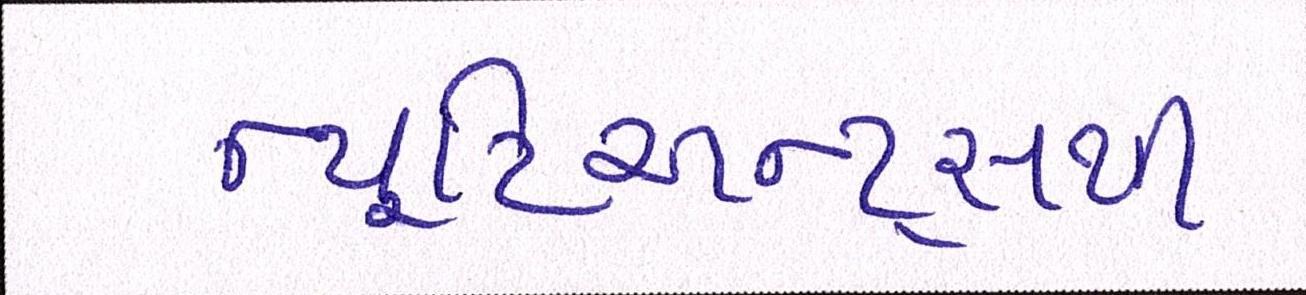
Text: ન્યૂટ્રિઅન્ટ્સથી